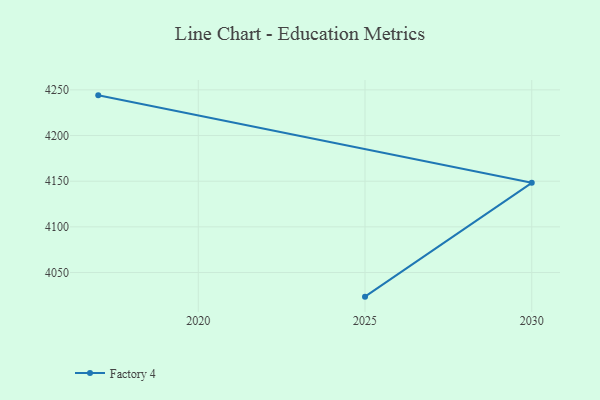
{"axis": {"x": "Year", "y": "Headcount"}, "legend": ["Factory 4"], "data": [{"x": "2017", "y": 4244.0, "type": "Factory 4"}, {"x": "2030", "y": 4148.2, "type": "Factory 4"}, {"x": "2025", "y": 4023.6, "type": "Factory 4"}]}